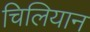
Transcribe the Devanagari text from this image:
चिलियान